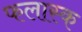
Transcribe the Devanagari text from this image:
फलास्क